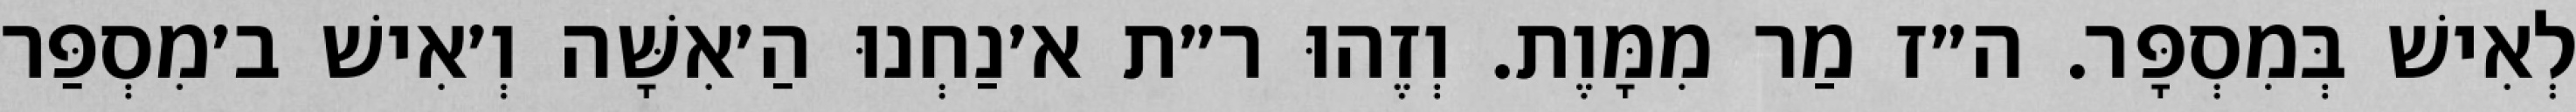
לְאִישׁ בְּמִסְפָּר. ה״ז מַר מִמָּוֶת. וְזֶהוּ ר״ת א׳נַחְנוּ הַ׳אִשָּׁה וְ׳אִישׁ ב׳מִסְפַּר